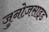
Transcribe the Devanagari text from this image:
जुनोज़साइड